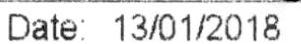
DATE: 13/01/2018